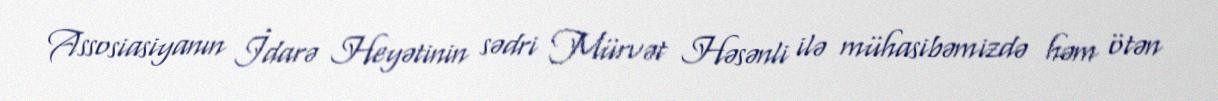
Assosiasiyanın İdarə Heyətinin sədri Mürvət Həsənli ilə mühasibəmizdə həm ötən